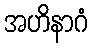
အဟိနာဂံ